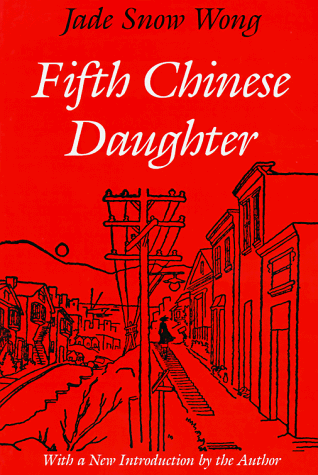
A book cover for Fifth Chinese Daughter; Jade Snow Wong; Crafts, Hobbies & Home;